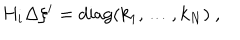
H _ { i } \Delta \xi ^ { i } = \mathrm { d i a g } ( k _ { 1 } , \ldots , k _ { N } ) ~ ,